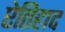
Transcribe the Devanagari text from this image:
ऐतिहाद